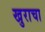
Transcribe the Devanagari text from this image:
खुराचा